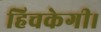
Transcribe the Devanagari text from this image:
हिचकेगी।